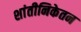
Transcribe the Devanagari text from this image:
शांतीनिकेतन